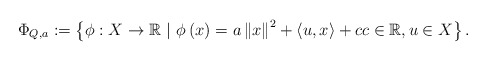
\begin{align*}\Phi_{Q,a}:=\left\{ \phi:X\to\mathbb{R} \ |\ \phi\left(x\right)=a\left\Vert x\right\Vert ^{2}+\left\langle u,x\right\rangle +c c\in\mathbb{R},u\in X\right\}.\end{align*}